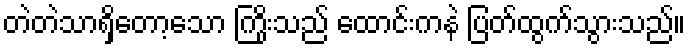
တဲတဲသာရှိတော့သော ကြိုးသည် ထောင်းကနဲ ပြတ်ထွက်သွားသည်။